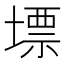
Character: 墂